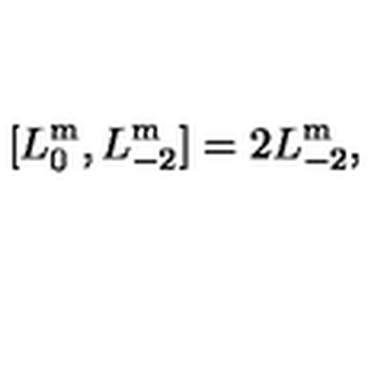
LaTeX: [ L _ { 0 } ^ { \mathrm { m } } , L _ { - 2 } ^ { \mathrm { m } } ] = 2 L _ { - 2 } ^ { \mathrm { m } } ,